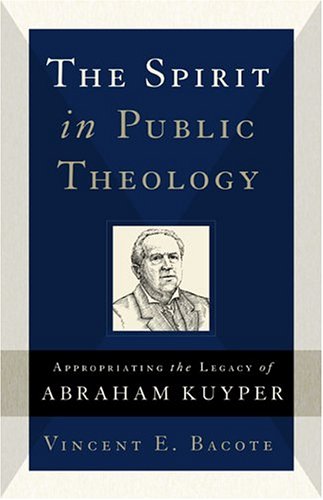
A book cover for The Spirit in Public Theology: Appropriating the Legacy of Abraham Kuyper; Vincent E. Bacote; Christian Books & Bibles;